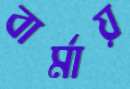
বার্মায়